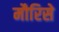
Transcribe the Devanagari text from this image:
मौरिसे